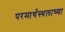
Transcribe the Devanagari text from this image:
परमार्थस्थलाच्या